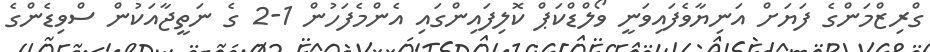
ގްރިޒްމަންގެ ފަޔަށް އަނިޔާވެފައިވަނީ ވޯލްޑްކަޕް ކޮލިފައިންގައި އެންމެފަހުން 1-2 ގެ ނަތީޖާއަކުން ސްވިޑެންގެ